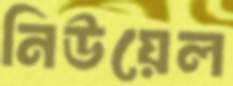
নিউয়েল